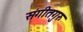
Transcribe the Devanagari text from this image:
संगीतगुरु